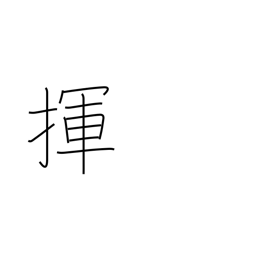
Meaning: wag